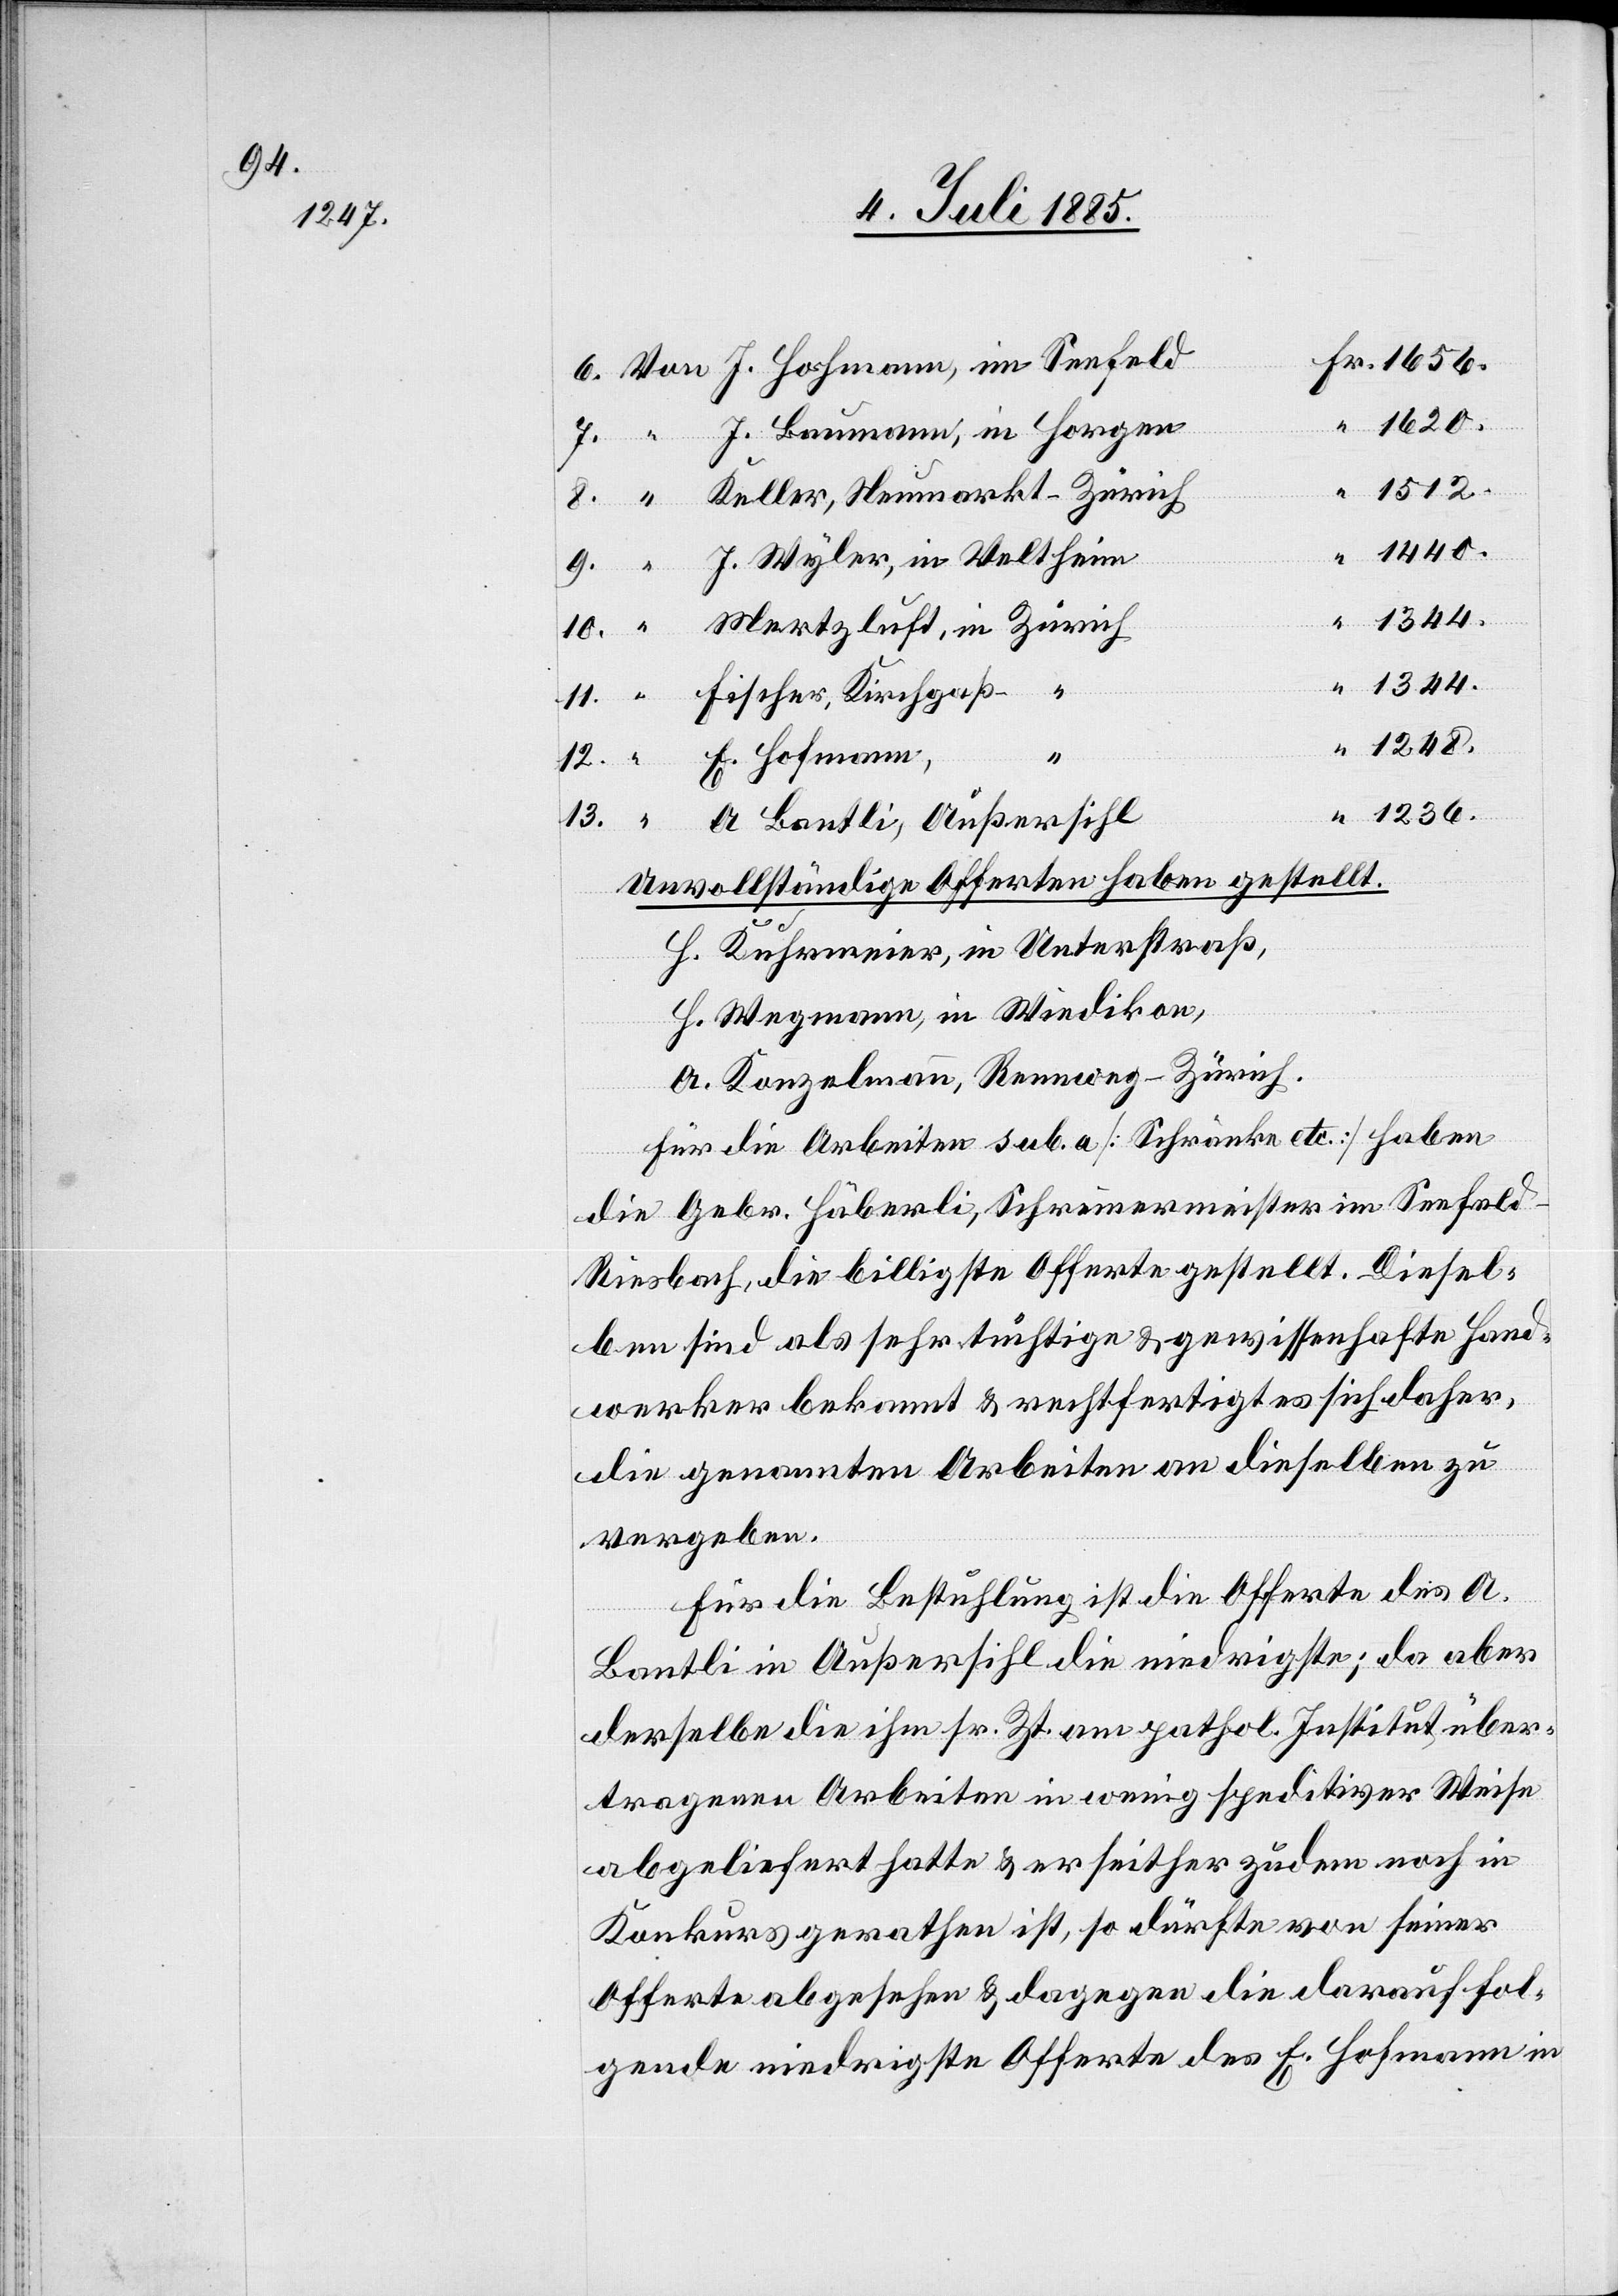
J. Baumann, in Horgen
1512
1440
J. Wyler, in Veltheim
Fischer, Kirchgaß
A. Bantli, Außersihl
1236
.
Unvollständige Offerten haben gestellt.
H. Kuhrmeier, in Unterstraß,
H. Wegmann, in Wiedikon,
A. Konzelmann, Rennweg - Zürich.
Für die Arbeiten sub. a. [Schränke etc.] haben
die Gebr. Häberli, Schreinermeister im Seefeld
Riesbach, die billigste Offerte gestellt. Diesel¬
ben sind als sehr tüchtige & gewissenhafte Hand¬
werker bekannt & rechtfertigt es sich daher
die genannten Arbeiten an dieselben zu
vergeben.
Für die Bestuhlung ist die Offerte des A.
Bantli in Außersihl die niedrigste; da aber
derselbe die ihm sr. Zt. am pathol. Institut über¬
tragenen Arbeiten in wenig speditiver Weise
abgeliefert hatte & er seither zudem noch in
Konkurs gerathen ist, so dürfte von seiner
Offerte abgesehen & dagegen die darauf fol¬
gende niedrigste Offerte des E. Hohmann in